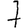
Digit: 7